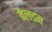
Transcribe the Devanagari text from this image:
बैलडन